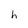
Character: h